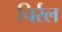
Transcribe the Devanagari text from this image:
चिर्रल